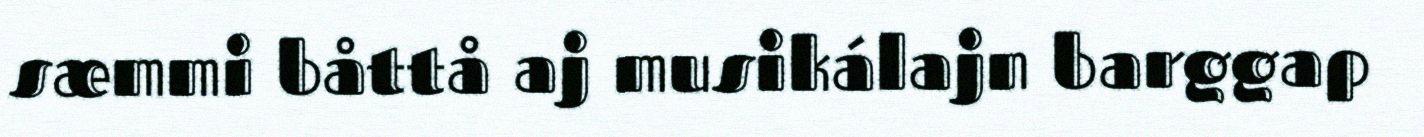
sæmmi båttå aj musikálajn barggap